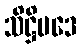
သိဋ္ဌိပဒေ